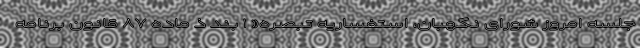
جلسه امروز شورای نگهبان، استفساریه تبصره« ۱ بند ذ ماده ۸۷ قانون برنامه